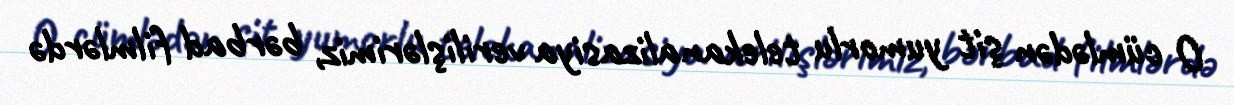
O cümlədən şit yumorlu telekanalizasiya verilişlərimiz, bərbad filmlərdə